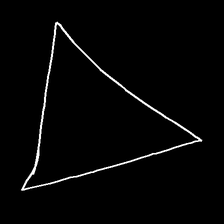
Glyph: convergence